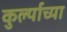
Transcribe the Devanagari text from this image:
कुर्ल्याच्या